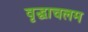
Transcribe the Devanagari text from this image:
वृद्धाचलम